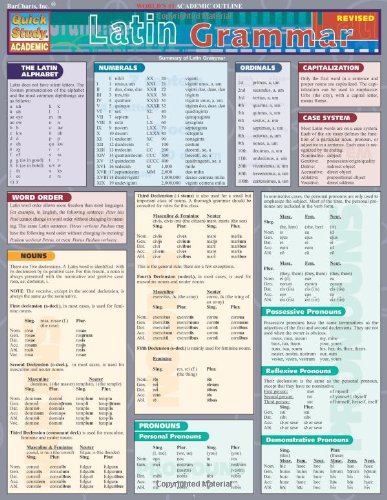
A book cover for Latin Grammar (Quickstudy: Academic); Inc. BarCharts; Arts & Photography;